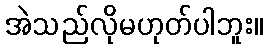
အဲသည်လိုမဟုတ်ပါဘူး။